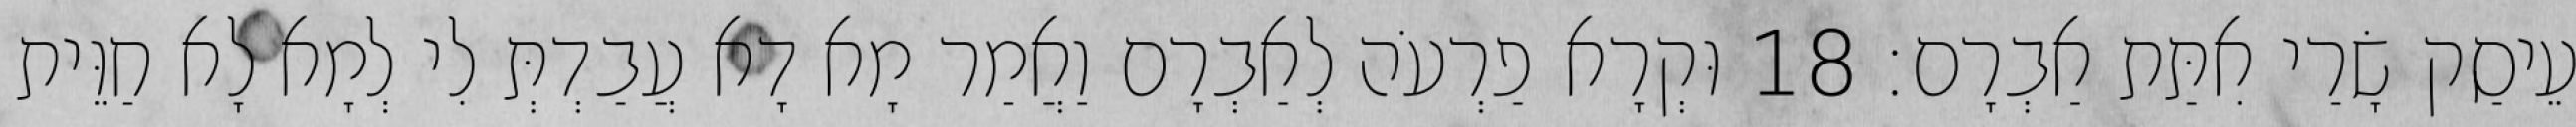
עֵיסַק שָׂרַי אִתַּת אַבְרָם׃ 18 וּקְרָא פַרְעֹה לְאַבְרָם וַאֲמַר מָא דָא עֲבַדְתְּ לִי לְמָא לָא חַוֵּית